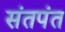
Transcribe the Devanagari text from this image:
संतपंत